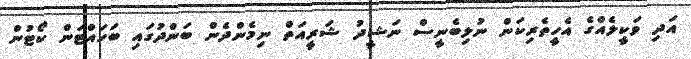
އަދި ވަކީލެއްގެ އެހީތެރިކަން ނުލިބެނީސް ނަޝީދު ޝަރީއަތް ނިމެންދެން ބަންދުގައި ބަހައްޓަން ކޯޓުން